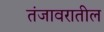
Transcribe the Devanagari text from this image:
तंजावरातील